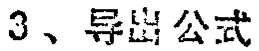
3、导出公式